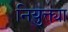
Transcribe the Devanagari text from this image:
नियुक्त्या